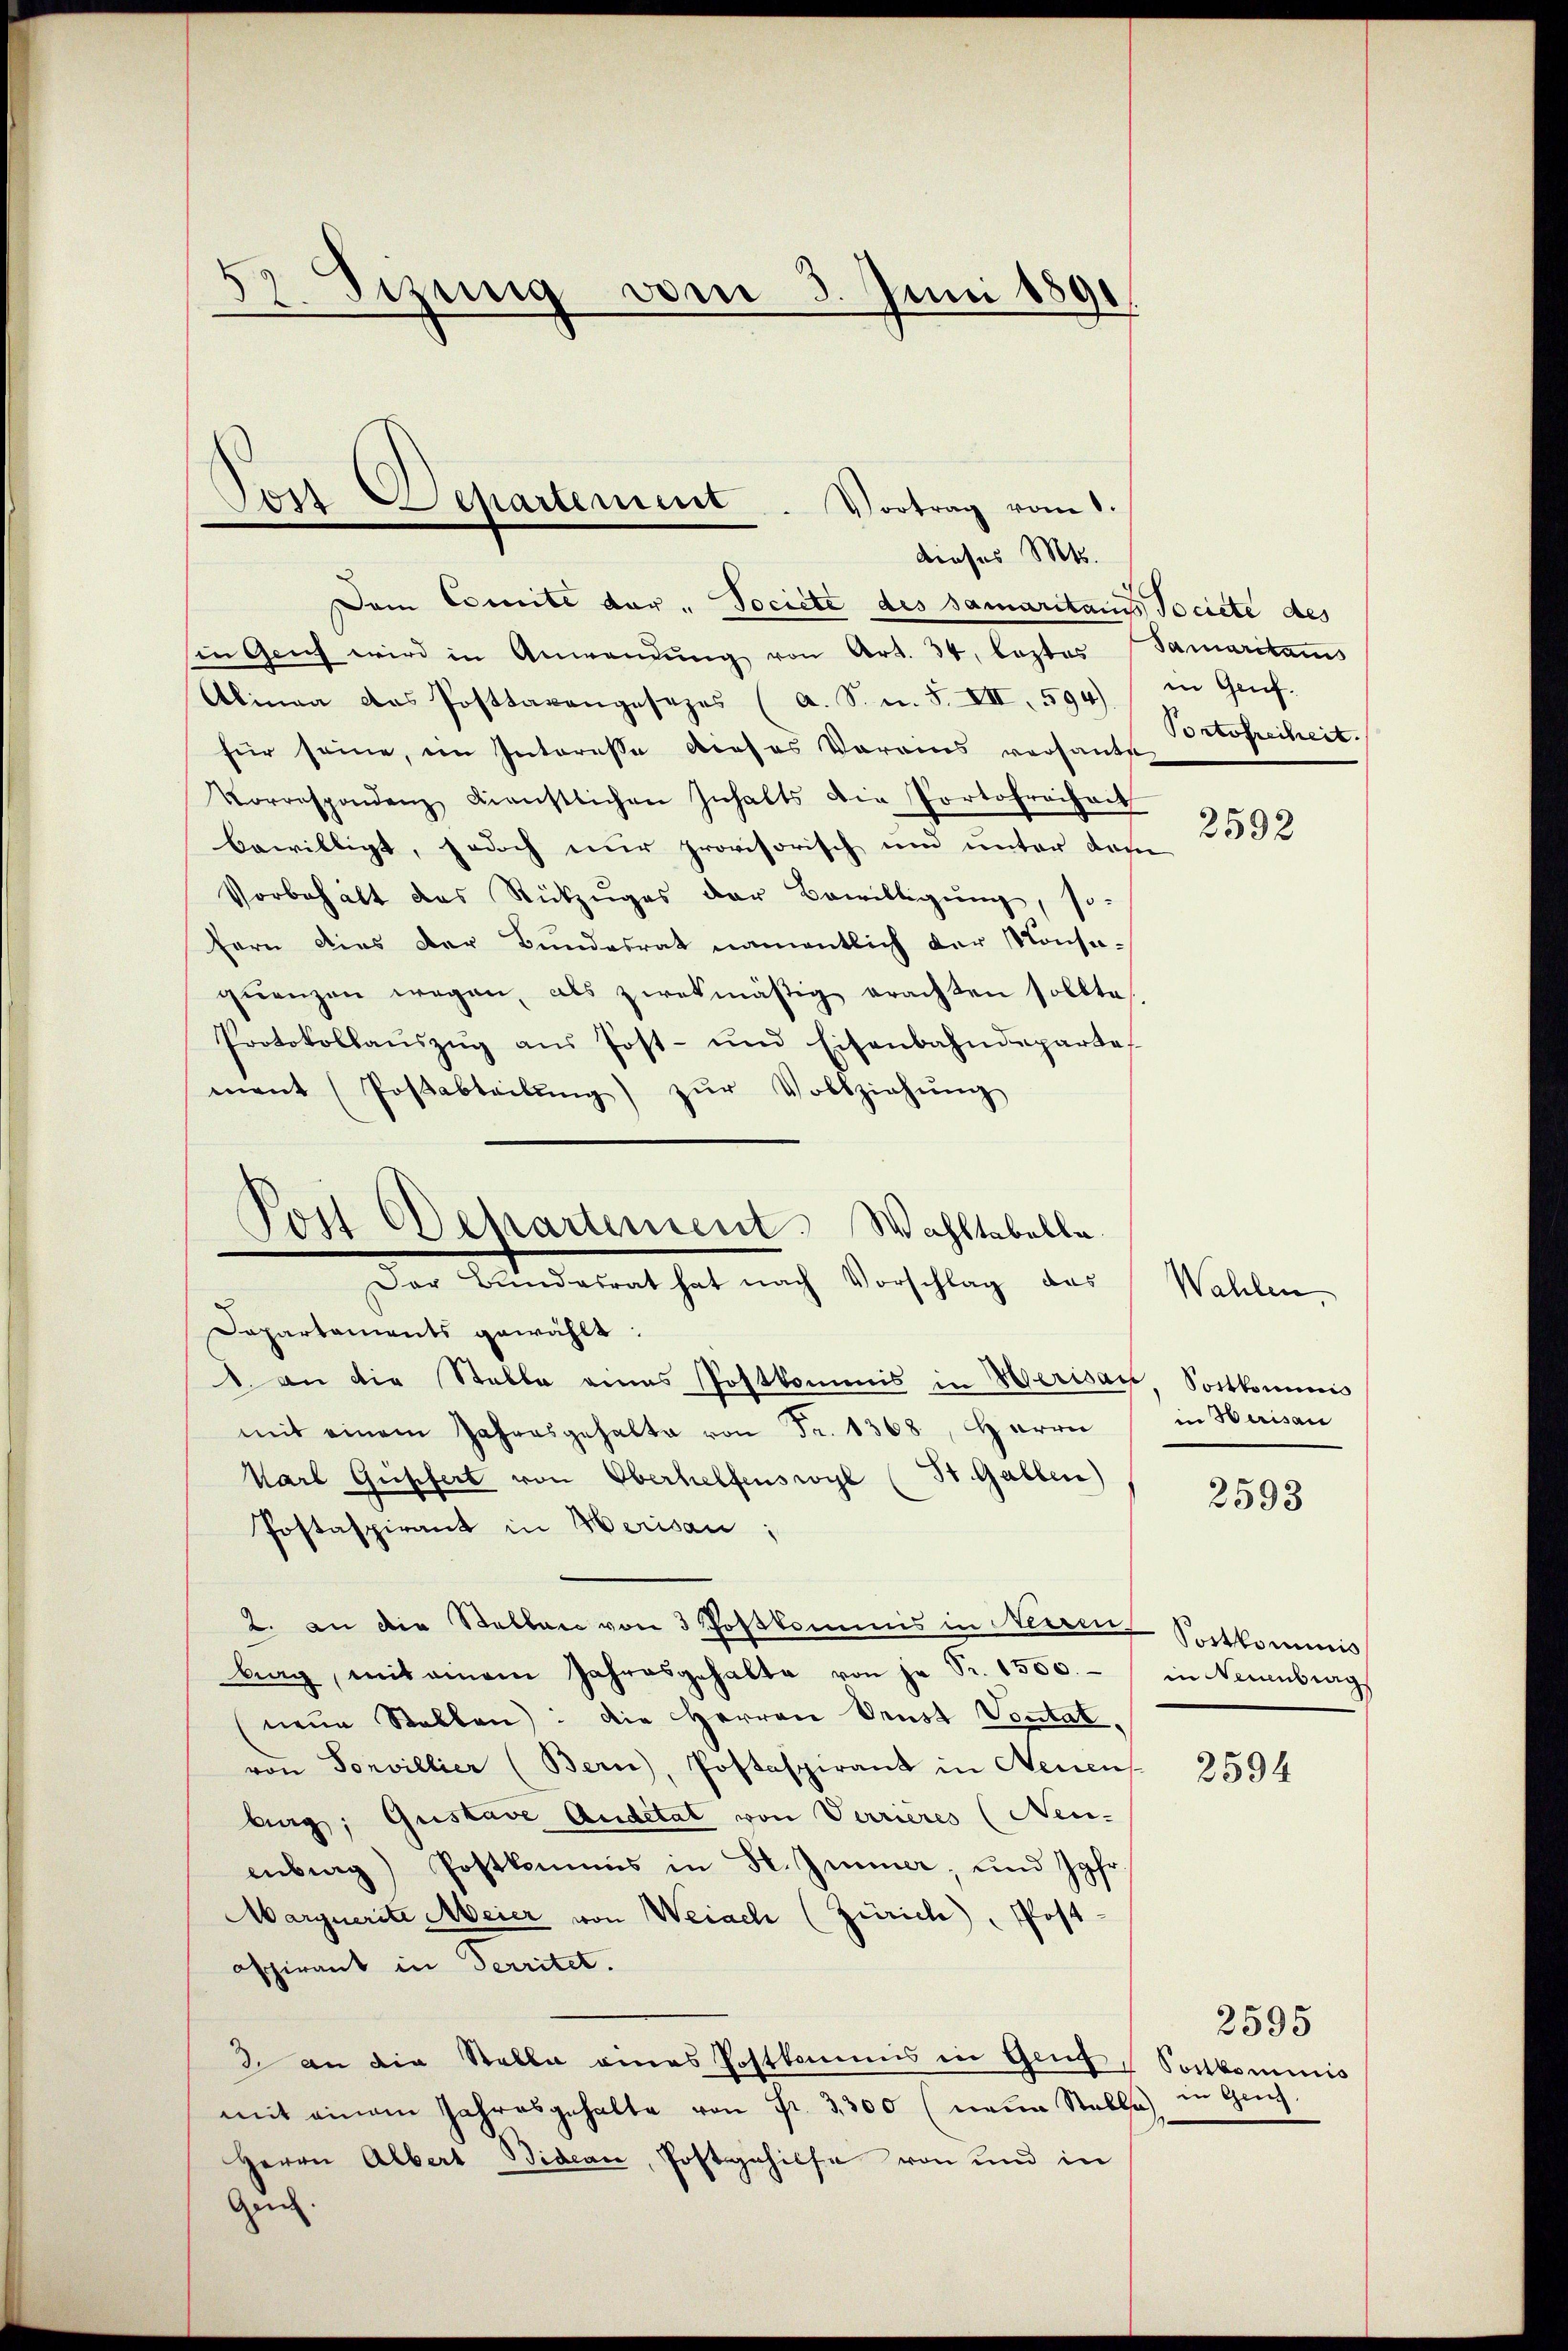
s
2. Sitzung vom 3. Juni 1891
.

Post Ex chartement. Vortrag vom 1.
dieses Mts.

Dem Comite der „ Societe des Samaritans Societe des
sie Genf wird in Anwendŭng von Art. 34. leztes
Alinea das Posttarengesezes (A. S. u. S. VII, 594).
für seine, ein Interesse dieses Vereins versandt
Vorrespondenz dienstlichen Inhalts die Portofreiheit
bewilligt, jedoch nur provisorisch und unter das
Vorbehalt das Rückzŭges der Bewilligŭng, so-
fern dies der Bundesrat namentlich der Konseqŭenzen wegen, als zwekmäßig erachten sollte.
Protokollaŭszŭg aŭs Post- und Eisenbahndepartes
ment (Poβsabteilŭng zŭr Vollziehŭng
Der Bundesrat hat nach Vorschlag das
Dapartaments gewählt:
. an die Stelle eines Postkommis in Herisau, Sortkommis
mit einem Jahresgehalte von Fr. 1368, Herrn
Karl Gusfert von Oberhelfenswyl (St. Gallen)
Postaspirant in Herisau;
2. an die Stellen von 3 Postkommis in Neurer Sortkommis
brag, mit einem Jahresgehalte von je Fr. 1500.
neŭe Stellen: die Herren Denst Vortat,
von Sonvillier (Bern), Postaspirant in Neuens
burg, Gustave Auditat von Verrieres (Neu-
enbrag) Postkommis in St. Immer, und Jgfr.
Marquerite Meier von Weiach (Zürich, Post-
aspirant in Territet.
2. an die Stelle eines Postkommis in Genf,
mit einem Jahresgehalte von Fr. 3300 (neue Stalla in Ges.
Herrn Albert Bidean, Postgehilfe von und in
Gei.

¬
Post Departement. Wahltabella

Samaritans
in Gruf.
Portofreiheit.

e

2592

Wahlen.
in Herisau

2593

in Neuenburg

2594

2595
Sontkominis